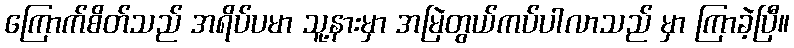
ကြောက်စိတ်သည် အရိပ်ပမာ သူ့နားမှာ အမြဲတွယ်ကပ်ပါလာသည် မှာ ကြာခဲ့ပြီ။